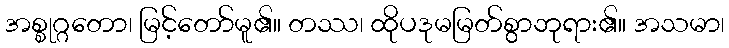
အစ္စုဂ္ဂတော၊ မြင့်တော်မူ၏။ တဿ၊ ထိုပဒုမမြတ်စွာဘုရား၏။ အသမာ၊